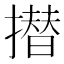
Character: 𭢗